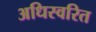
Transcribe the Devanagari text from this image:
अधिस्वरित